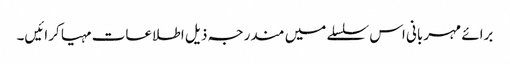
برائے مہربانی اس سلسلے میں مندرجہ ذیل اطلاعات مہیا کرائیں۔